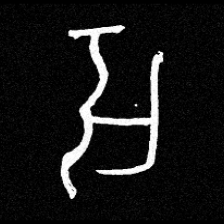
Pyu character \u2014 Myanmar letter: အ (romanized: a)